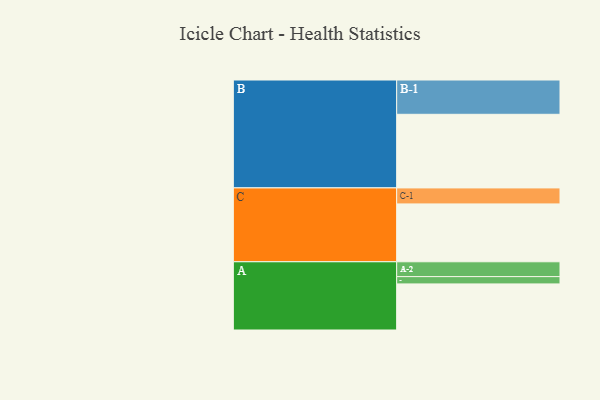
{"axis": {"x": "Segment", "y": "Value"}, "legend": ["", "A", "B", "C"], "data": [{"x": "A", "y": 360, "type": ""}, {"x": "B", "y": 575, "type": ""}, {"x": "C", "y": 452, "type": ""}, {"x": "A-1", "y": 57, "type": "A"}, {"x": "A-2", "y": 116, "type": "A"}, {"x": "B-1", "y": 268, "type": "B"}, {"x": "C-1", "y": 125, "type": "C"}]}